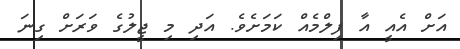
އަށް އެއީ އާ ފިލްމެއް ކަމަށެވެ. އަދި މި ޖީލުގެ ވަރަށް ގިނަ